Indian journal of veterinary science and animal husbandry - Volume 10,
Year: 1940
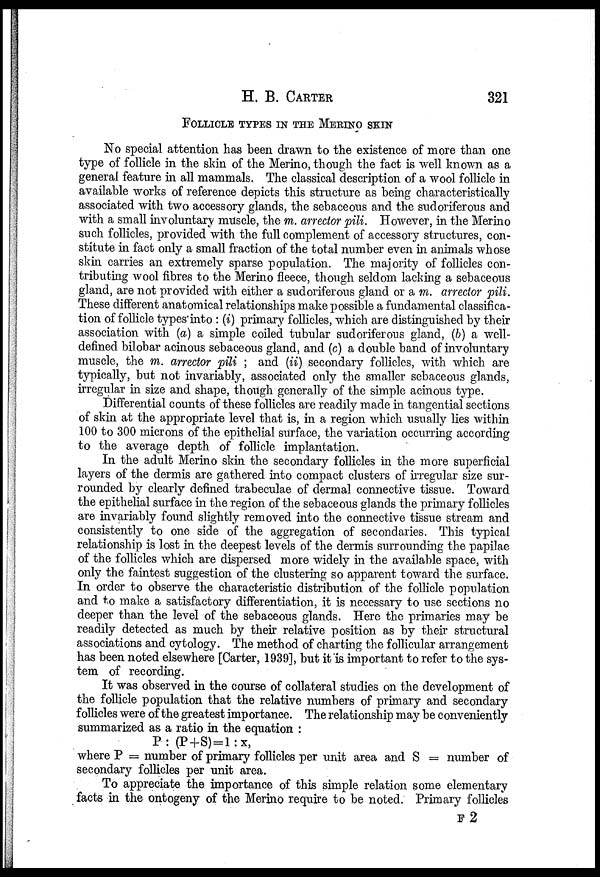
H. B.
CARTER
321
FOLLICLE TYPES IN THE MERINO SKIN
No special attention has been drawn to the existence of more than one
type of follicle in the skin of the Merino, though the fact is well known as a
general feature in all mammals. The classical description of a wool follicle in
available works of reference depicts this structure as being characteristically
associated with two accessory glands, the sebaceous and the sudoriferous and
with a small involuntary muscle, the m. arrector pili. However, in the Merino
such follicles, provided with the full complement of accessory structures, con-
stitute in fact only a small fraction of the total number even in animals whose
skin carries an extremely sparse population. The majority of follicles con-
tributing wool fibres to the Merino fleece, though seldom lacking a sebaceous
gland, are not provided with either a sudoriferous gland or a m. arrector pili.
These different anatomical relationships make possible a fundamental classifica-
tion of follicle types into : (i) primary follicles, which are distinguished by their
association with (a) a simple coiled tubular sudoriferous gland, (b) a well-
defined bilobar acinous sebaceous gland, and (c) a double band of involuntary
muscle, the m. arrector pili ; and (ii) secondary follicles, with which are
typically, but not invariably, associated only the smaller sebaceous glands,
irregular in size and shape, though generally of the simple acinous type.
Differential counts of these follicles are readily made in tangential sections
of skin at the appropriate level that is, in a region which usually lies within
100 to 300 microns of the epithelial surface, the variation occurring according
to the average depth of follicle implantation.
In the adult Merino skin the secondary follicles in the more superficial
layers of the dermis are gathered into compact clusters of irregular size sur-
rounded by clearly defined trabeculae of dermal connective tissue. Toward
the epithelial surface in the region of the sebaceous glands the primary follicles
are invariably found slightly removed into the connective tissue stream and
consistently to one side of the aggregation of secondaries. This typical
relationship is lost in the deepest levels of the dermis surrounding the papilae
of the follicles which are dispersed more widely in the available space, with
only the faintest suggestion of the clustering so apparent toward the surface.
In order to observe the characteristic distribution of the follicle population
and to make a satisfactory differentiation, it is necessary to use sections no
deeper than the level of the sebaceous glands. Here the primaries may be
readily detected as much by their relative position as by their structural
associations and cytology. The method of charting the follicular arrangement
has been noted elsewhere [Carter, 1939], but it is important to refer to the sys-
tem of recording.
It was observed in the course of collateral studies on the development of
the follicle population that the relative numbers of primary and secondary
follicles were of the greatest importance. The relationship may be conveniently
summarized as a ratio in the equation :
P: (P+S) = l:x,
where P = number of primary follicles per unit area and S = number of
secondary follicles per unit area.
To appreciate the importance of this simple relation some elementary
facts in the ontogeny of the Merino require to be noted. Primary follicles
F 2